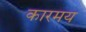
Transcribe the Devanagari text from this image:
कारमय